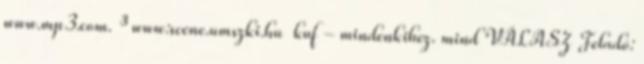
www.mp3.com. ³ www:scene.umszki.hu kuf - mindenkihez. mind VÁLASZ Feladó: